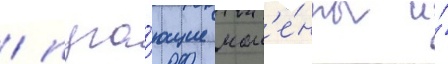
/ пуга́ющие мом'е́нты и́